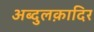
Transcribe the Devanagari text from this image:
अब्दुलक़ादिर